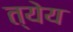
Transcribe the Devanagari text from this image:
त्येय